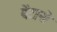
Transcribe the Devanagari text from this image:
बेंटानो